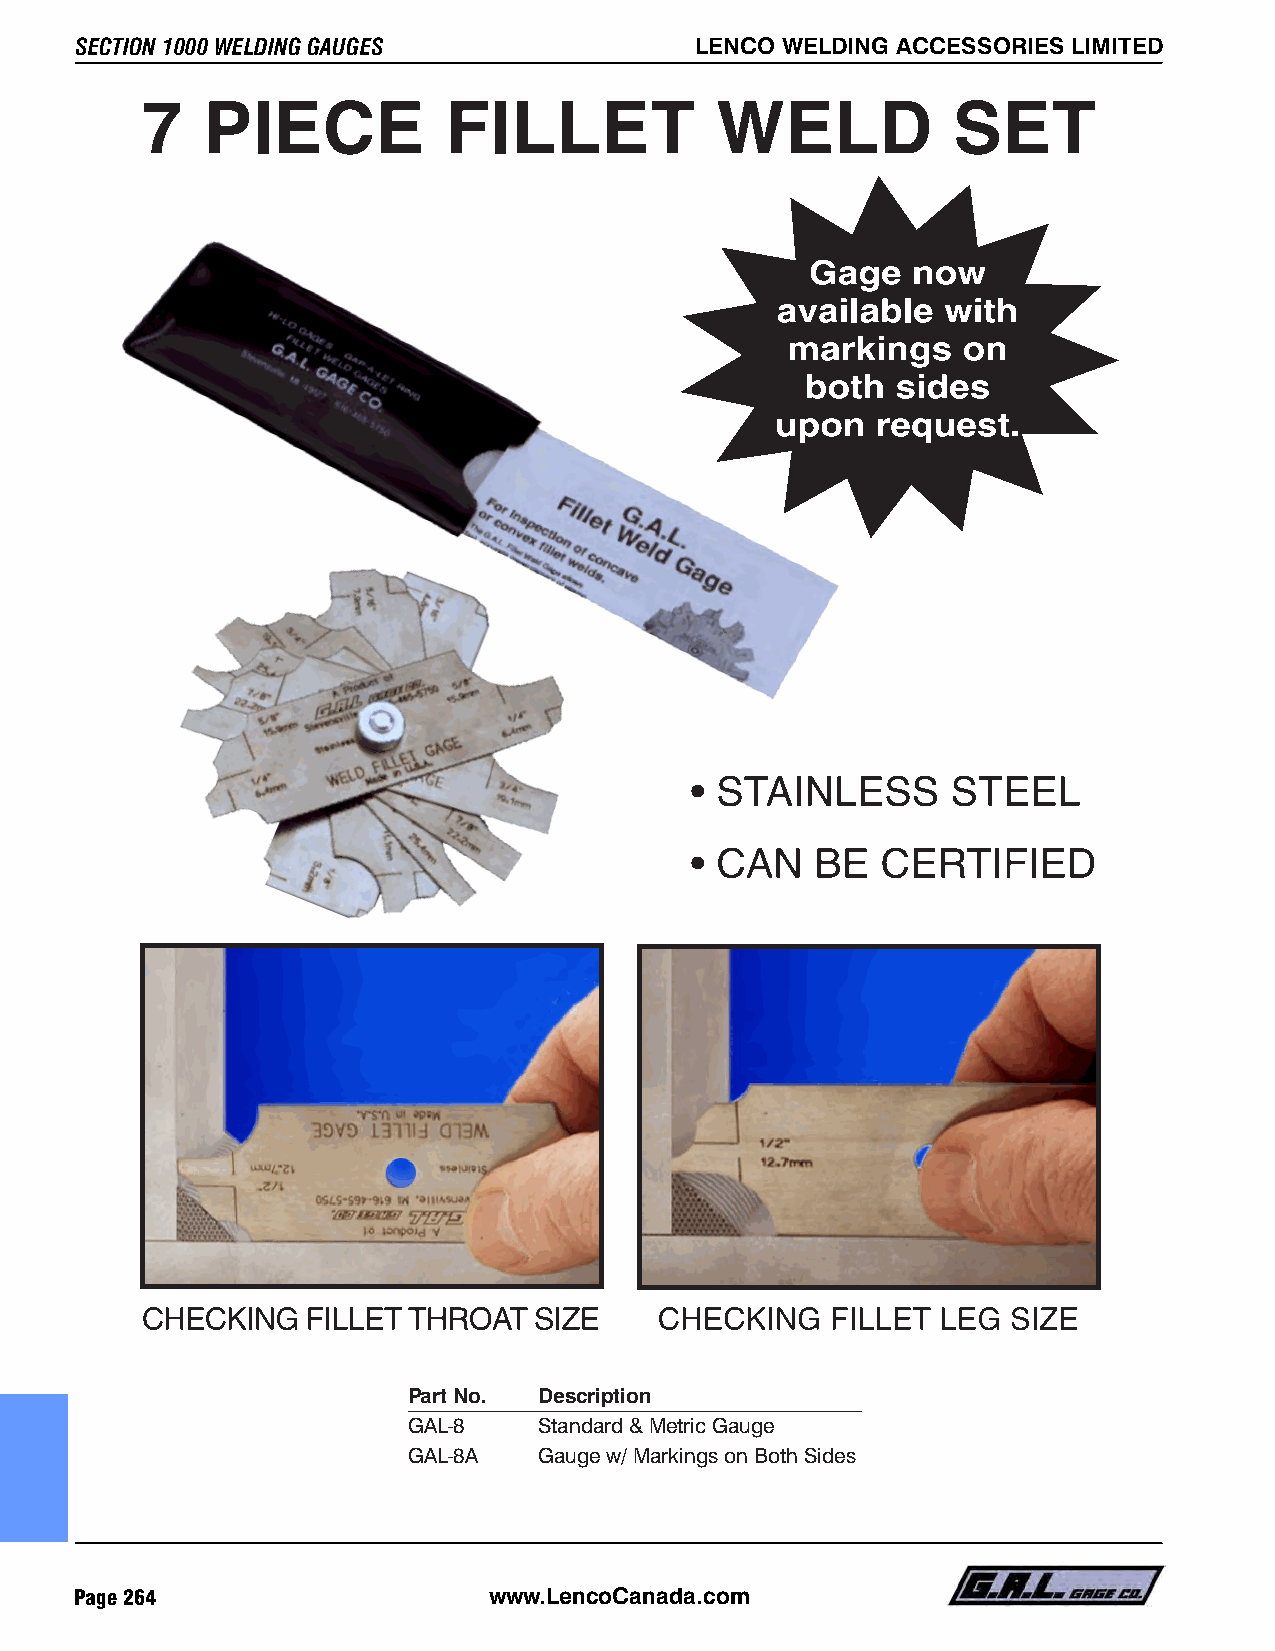
SECTION 1000 WELDING GAUGES              LENCO WELDING ACCESSORIES LIMITED             LENCO WELDING ACCESSORIES LIMITED                  SECTION 1000 WELDING GAUGES
 ••  CALCULATOR••
 A  handy   compilation   of mathematical     relationships
 between     leg   length,   throats,   skew   angles    and
 inspection    dimensions.    A  must   for designers    and
 inspectors.    The   perfect  companion      to the  G.A.L.
 SKEW-T      FILLET     GAUGE,      (Gauge    measures      in
 english  &  metric.)
 Part No. Description
 Part No. Description
 GAL-9A   Weld Gauge Standard & Metric Gauge
 GAL-8    Standard & Metric Gauge
 GAL-9B   Weld Calculator Standard & Metic
 GAL-8A   Gauge w/ Markings on Both Sides
 GAL-9C   Weld Gauge and Calculator Standard & Metic
 Page 264                   www.LencoCanada.com                                                                    www.LencoCanada.com                    Page 265